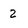
Character: 2